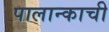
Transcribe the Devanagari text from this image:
पालान्काची